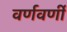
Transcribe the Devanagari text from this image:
वर्णवर्णी